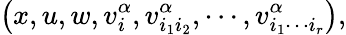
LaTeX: \left(x,u,w,v_{i}^{\alpha},v_{i_{1}i_{2}}^{\alpha},\cdots,v_{i_{1}\cdots i_{r}}^{\alpha}\right),